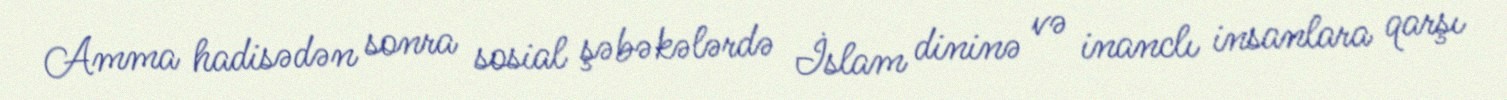
Amma hadisədən sonra sosial şəbəkələrdə İslam dininə və inanclı insanlara qarşı